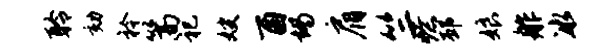
聆劾衿篙祀嫂酉竭肩竺燎邳娘舴冰